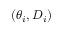
( \theta _ { i } , D _ { i } )